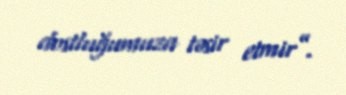
dostluğumuza təsir etmir”.